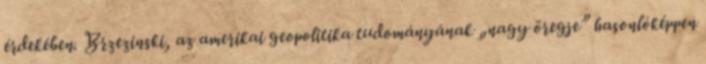
érdekében. Brzezinski, az amerikai geopolitika tudományának „nagy öregje” hasonlóképpen